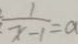
\frac { 1 } { x - 1 } = a